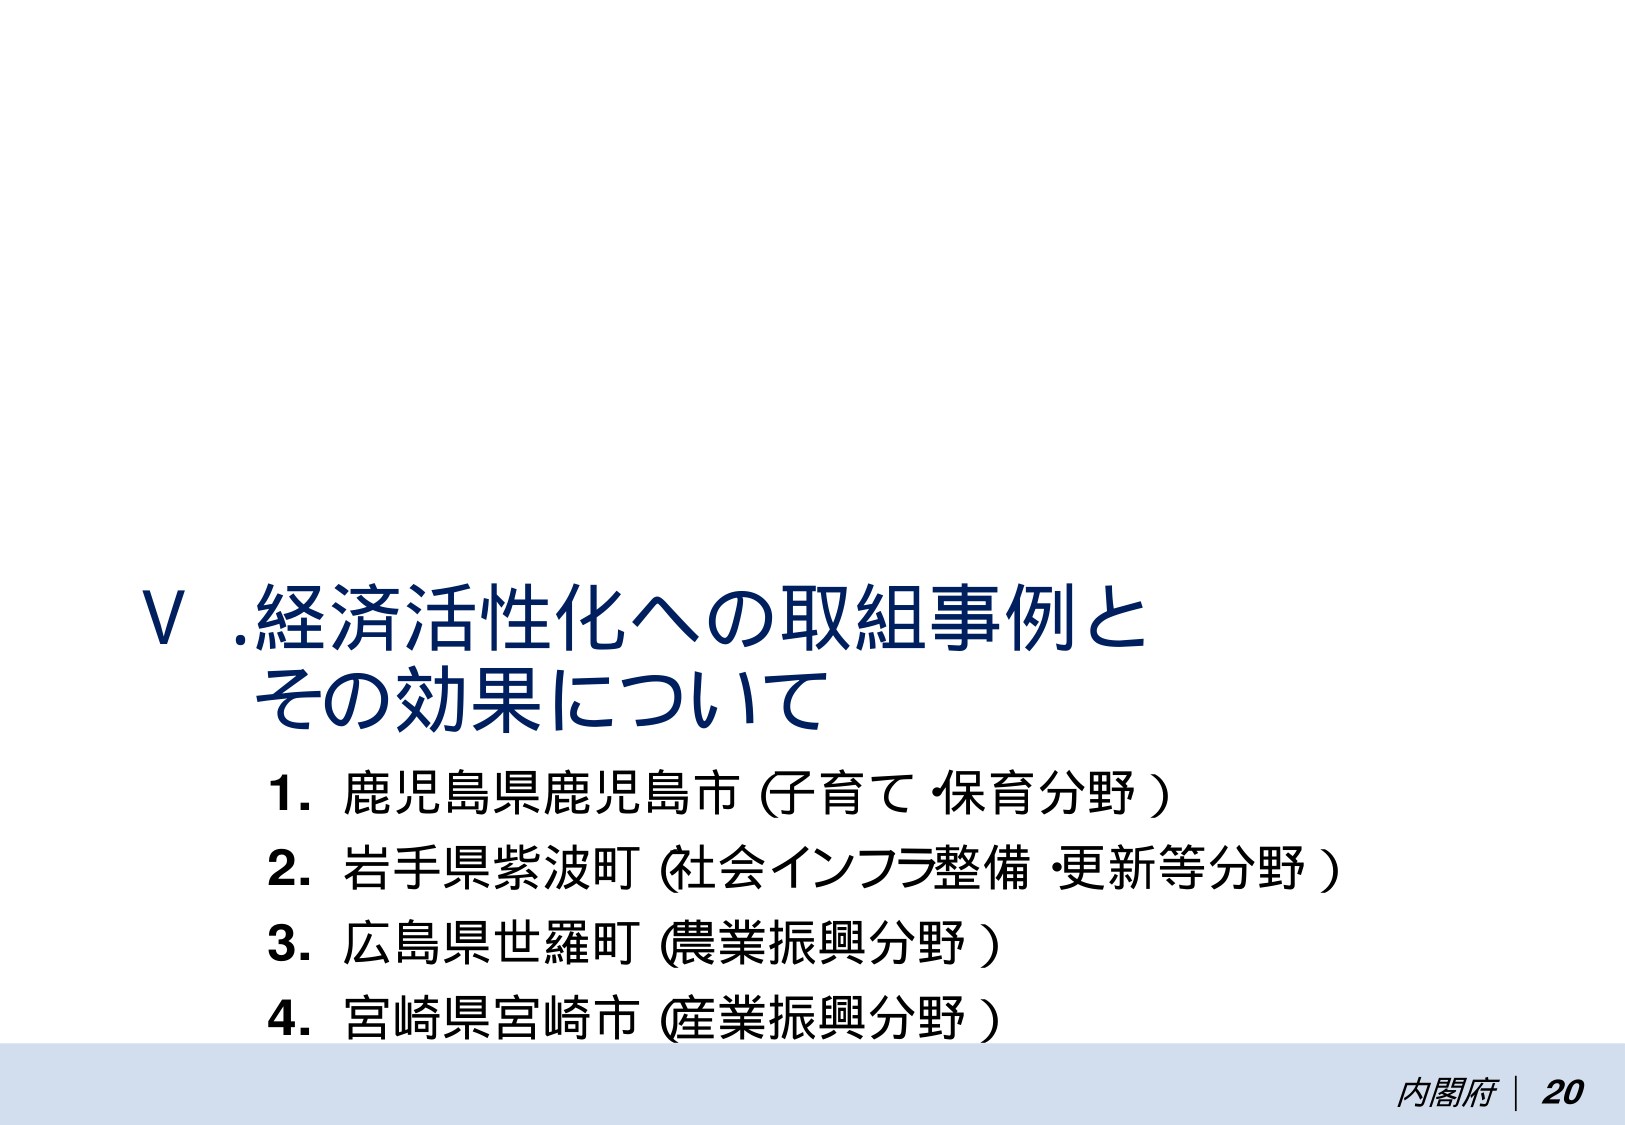
V. 経済活性化への取組事例と
その効果について

1. 鹿児島県鹿児島市（子育て・保育分野）
2. 岩手県紫波町（社会インフラ整備・更新等分野）
3. 広島県世羅町（農業振興分野）
4. 宮崎県宮崎市（産業振興分野）

内閣府 | 20